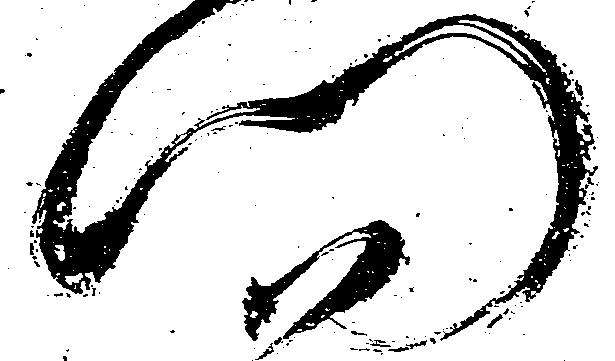
門